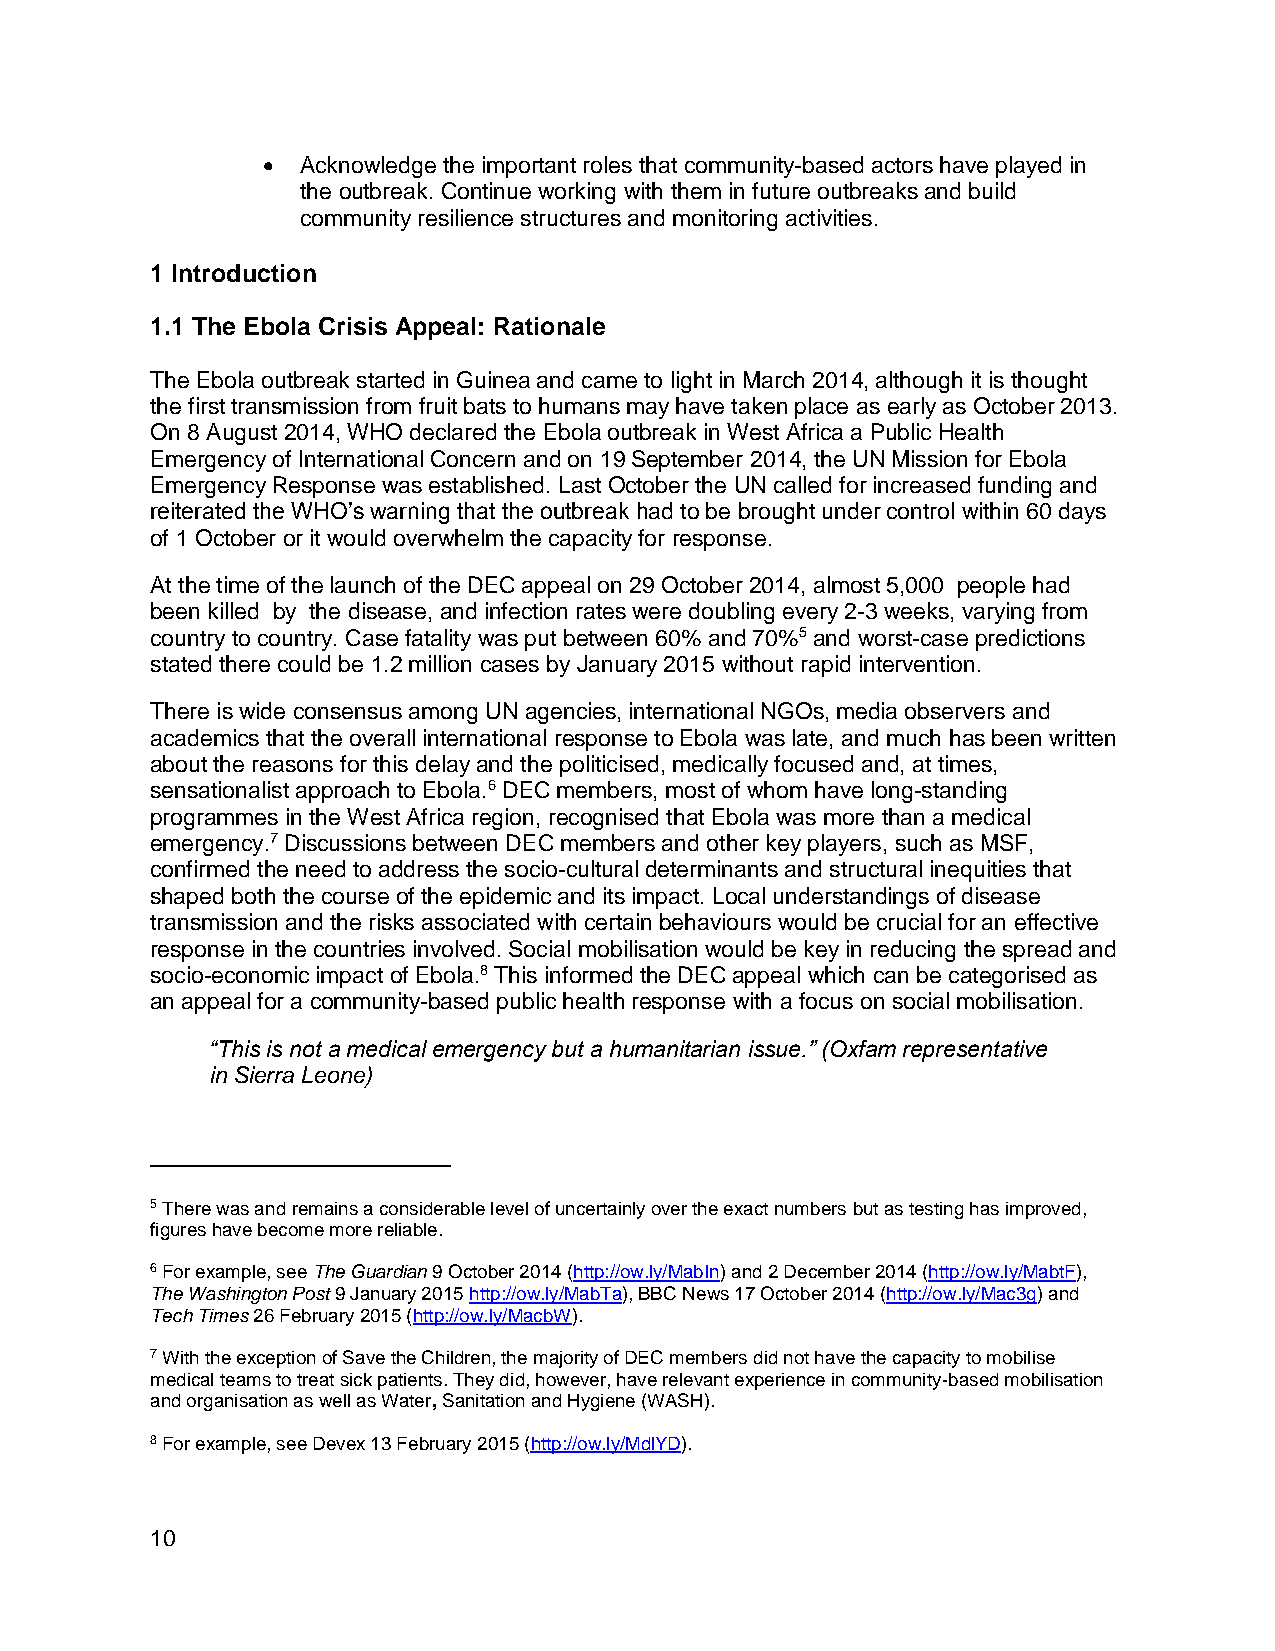
  Acknowledge the important roles that community-based actors have played in
 the outbreak. Continue working with them in future outbreaks and build
 community resilience structures and monitoring activities.
 1 Introduction
 1.1 The Ebola Crisis Appeal: Rationale
 The Ebola outbreak started in Guinea and came to light in March 2014, although it is thought
 the first transmission from fruit bats to humans may have taken place as early as October 2013.
 On 8 August 2014, WHO declared the Ebola outbreak in West Africa a Public Health
 Emergency of International Concern and on 19 September 2014, the UN Mission for Ebola
 Emergency Response was established. Last October the UN called for increased funding and
 reiterated the WHO’s warning that the outbreak had to be brought under control within 60 days
 of 1 October or it would overwhelm the capacity for response.
 At the time of the launch of the DEC appeal on 29 October 2014, almost 5,000 people had
 been killed by the disease, and infection rates were doubling every 2-3 weeks, varying from
 country to country. Case fatality was put between 60% and 70%5 and worst-case predictions
 stated there could be 1.2 million cases by January 2015 without rapid intervention.
 There is wide consensus among UN agencies, international NGOs, media observers and
 academics that the overall international response to Ebola was late, and much has been written
 about the reasons for this delay and the politicised, medically focused and, at times,
 sensationalist approach to Ebola.6 DEC members, most of whom have long-standing
 programmes in the West Africa region, recognised that Ebola was more than a medical
 emergency.7 Discussions between DEC members and other key players, such as MSF,
 confirmed the need to address the socio-cultural determinants and structural inequities that
 shaped both the course of the epidemic and its impact. Local understandings of disease
 transmission and the risks associated with certain behaviours would be crucial for an effective
 response in the countries involved. Social mobilisation would be key in reducing the spread and
 socio-economic impact of Ebola.8 This informed the DEC appeal which can be categorised as
 an appeal for a community-based public health response with a focus on social mobilisation.
 “This is not a medical emergency but a humanitarian issue.” (Oxfam representative
 in Sierra Leone)
 5 There was and remains a considerable level of uncertainly over the exact numbers but as testing has improved,
 figures have become more reliable.
 6 For example, see The Guardian 9 October 2014 (http://ow.ly/MabIn) and 2 December 2014 (http://ow.ly/MabtF),
 The Washington Post 9 January 2015 http://ow.ly/MabTa), BBC News 17 October 2014 (http://ow.ly/Mac3g) and
 Tech Times 26 February 2015 (http://ow.ly/MacbW).
 7 With the exception of Save the Children, the majority of DEC members did not have the capacity to mobilise
 medical teams to treat sick patients. They did, however, have relevant experience in community-based mobilisation
 and organisation as well as Water, Sanitation and Hygiene (WASH).
 8 For example, see Devex 13 February 2015 (http://ow.ly/MdlYD).
 10